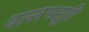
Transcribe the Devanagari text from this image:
वल्लभसूरी